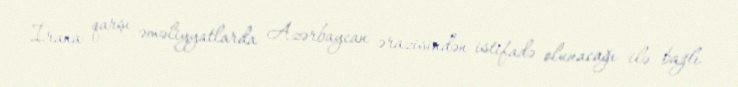
İrana qarşı əməliyyatlarda Azərbaycan ərazisindən istifadə olunacağı ilə bağlı